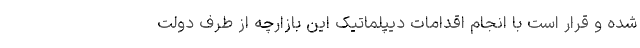
شده و قرار است با انجام اقدامات دیپلماتیک این بازارچه از طرف دولت